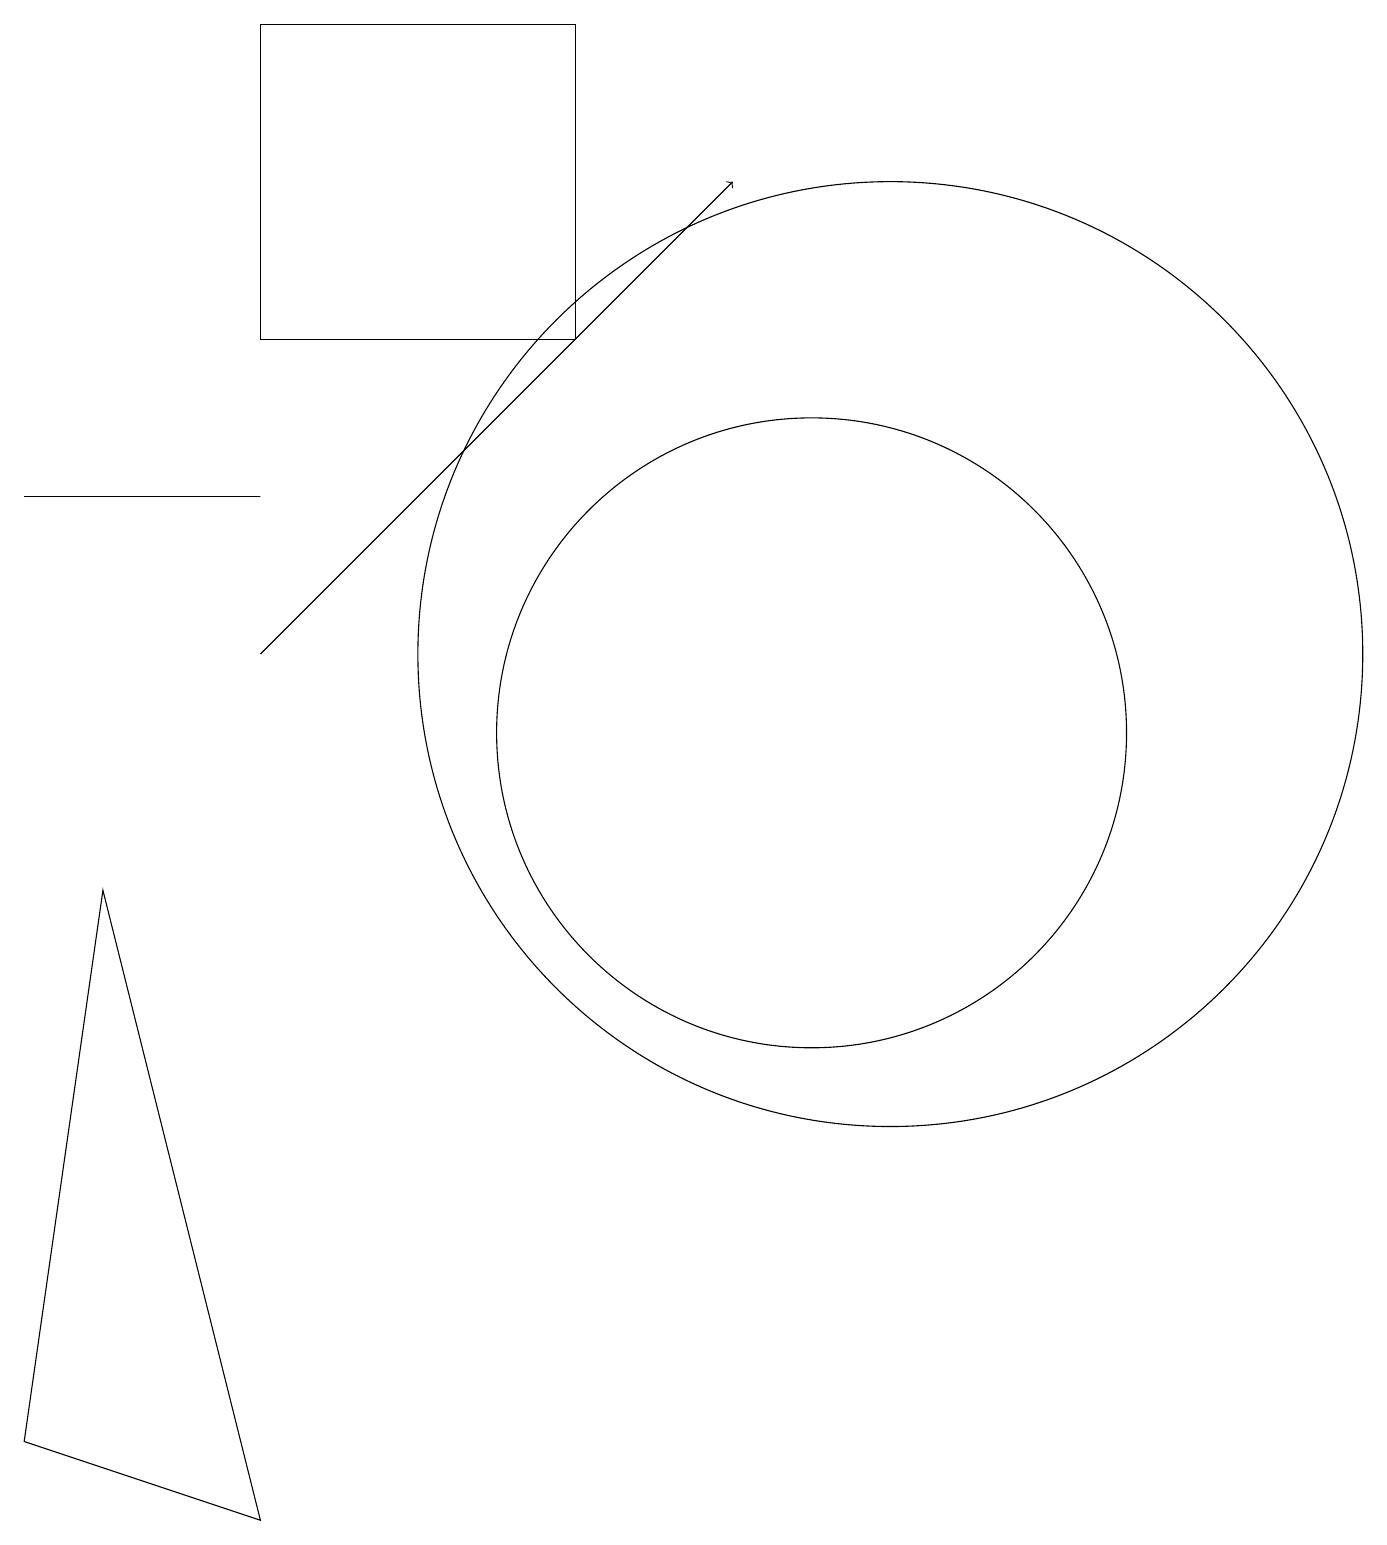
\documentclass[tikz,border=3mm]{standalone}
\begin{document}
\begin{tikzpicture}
\draw (0,1) -- (1,8) -- (3,0) -- cycle;
\draw (7,19) rectangle (3,15);
\draw[->] (3,11) -- (9,17);
\draw (10,10) circle (4);
\draw (11,11) circle (6);
\draw (0,13) rectangle (3,13);
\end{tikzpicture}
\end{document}